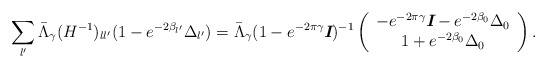
\begin{align*} \sum _{l'}\bar{\Lambda }_\gamma(H^{-1})_{ll'}(1-e^{-2\beta _{l'}}\Delta _{l'}) = \bar{\Lambda }_\gamma(1-e^{-2\pi\gamma}\textit{\textbf{I}})^{-1}\left( \begin{array}{c} -e^{-2\pi\gamma}\textit{\textbf{I}}- e^{-2\beta _0}\Delta _0 \\ 1 + e^{-2\beta _0}\Delta _0 \\ \end{array}\right).\end{align*}